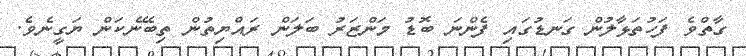
ގާތްވެ ފަހުތަޅާލުން ގަނޑުގައި ފެންނަ ބޮޑު މަންޒަރު ބަލަން ރައްޔިތުން ތިބޭނެކަން ޔަގީނެވެ.